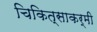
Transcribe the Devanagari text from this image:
चिकित्साकर्मी